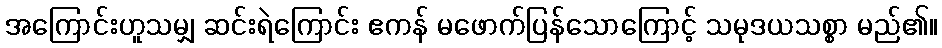
အကြောင်းဟူသမျှ ဆင်းရဲကြောင်း ဧကန် မဖောက်ပြန်သောကြောင့် သမုဒယသစ္စာ မည်၏။